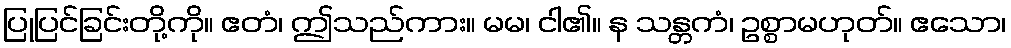
ပြုပြင်ခြင်းတို့ကို။ ဧတံ၊ ဤသည်ကား။ မမ၊ ငါ၏။ န သန္တကံ၊ ဥစ္စာမဟုတ်။ ဧသော၊